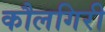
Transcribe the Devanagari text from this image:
कौलगिरी